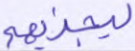
ليجزيهم